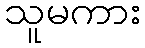
သူမကား